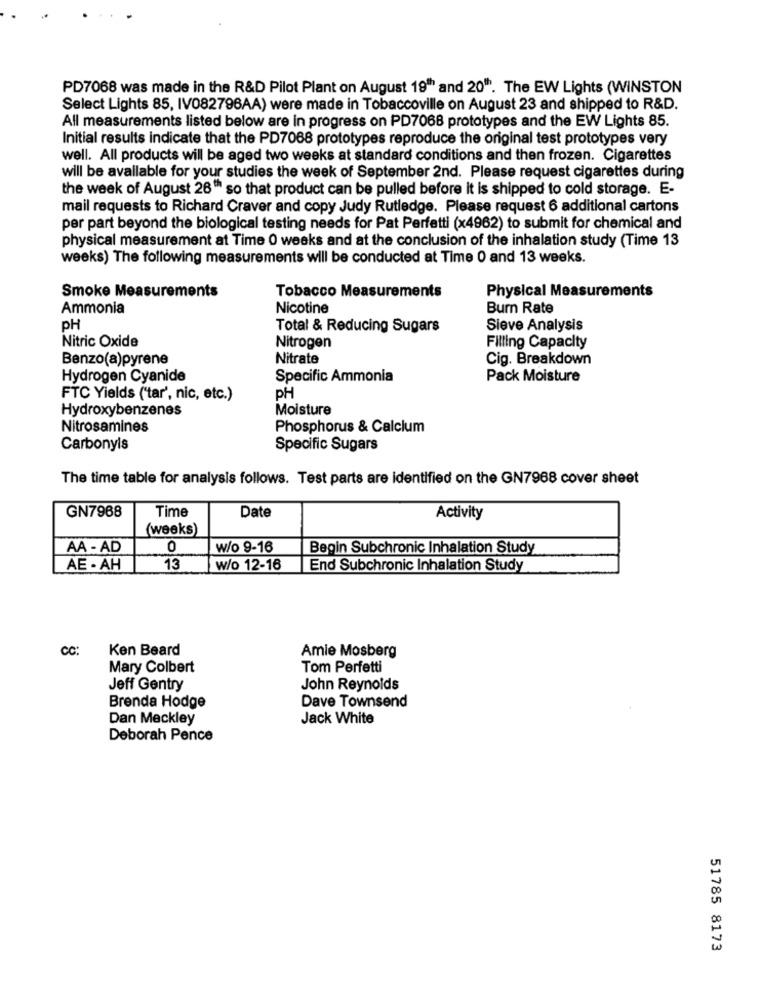
PD7068 was made in the R&D Pilot Plant on August 19" and 20". The EW Lights (WINSTON
Select Lights 85, IV082796AA) were made in Tobaccoville on August 23 and shipped to R&D.
All measurements listed below are in progress on PD7068 prototypes and the EW Lights 85.
Initial results indicate that the PD7088 prototypes reproduce the original test prototypes very
well. All products will be aged two weeks at standard conditions and then frozen. Cigarettes
will be available for your studies the week of September 2nd. Please request cigarettes during
the week of August 26" so that product can be pulled before it is shipped to cold storage. E-
mail requests to Richard Craver and copy Judy Rutledge. Please request 6 additional cartons
per part beyond the biological testing needs for Pat Perfetti (x4962) to submit for chemical and
physical measurement at Time 0 weeks and at the conclusion of the inhalation study (Time 13
weeks) The following measurements will be conducted at Time 0 and 13 weeks.
Smoke Measurements
Tobacco Measurements
Physical Measurements
Ammonia
Nicotine
Burn Rate
PH
Total & Reducing Sugars
Sieve Analysis
Nitric Oxide
Nitrogen
Filling Capacity
Benzo(a)pyrene
Nitrate
Cig. Breakdown
Hydrogen Cyanide
Specific Ammonia
Pack Moisture
FTC Yields ('tar', nic, etc.)
PH
Hydroxybenzenes
Moisture
Nitrosamines
Phosphorus & Calcium
Carbonyls
Specific Sugars
The time table for analysis follows. Test parts are identified on the GN7968 cover sheet
Time
Date
GN7968
Activity
(weeks)
AA - AD
0
w/o 9-16
Begin Subchronic Inhalation Study
AE - AH
13
w/o 12-16
End Subchronic Inhalation Study
CC:
Ken Beard
Amie Mosberg
Mary Colbert
Tom Perfetti
Jeff Gentry
John Reynolds
Dave Townsend
Brenda Hodge
Dan Meckley
Jack White
Deborah Pence
51785 8173